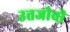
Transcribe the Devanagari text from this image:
उत्तजीवी